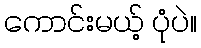
ကောင်းမယ့် ပုံပဲ။